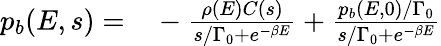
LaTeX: \begin{array}{rl}{{p}_{b}(E,s)=}&{{}-\frac{\rho(E)C(s)}{s/\Gamma_{0}+e^{-\beta E}}+\frac{p_{b}(E,0)/\Gamma_{0}}{s/\Gamma_{0}+e^{-\beta E}}}\end{array}